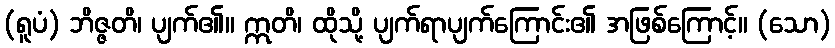
(ရူပံ) ဘိဇ္ဇတိ၊ ပျက်၏။ ဣတိ၊ ထိုသို့ ပျက်ရာပျက်ကြောင်း၏ အဖြစ်ကြောင့်။ (သော)